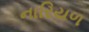
નારિયળ